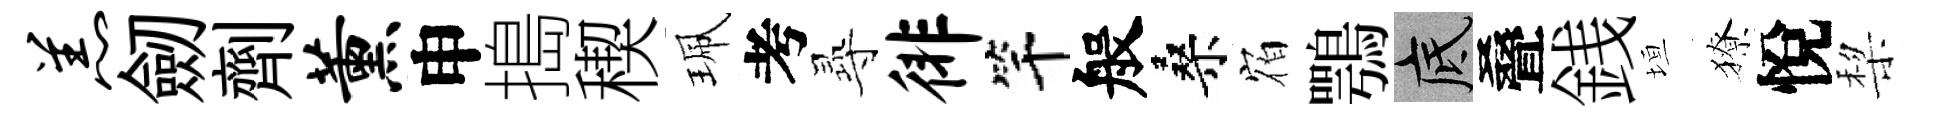
羔劒劑薰申搗稧珮考𡬶徘竿般桑𪧐鶚底叠銭垣獠悅棃